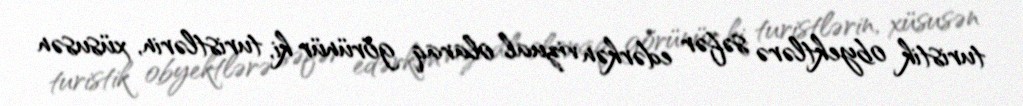
turistik obyektlərə səfər edərkən vizual olaraq görünür ki, turistlərin, xüsusən